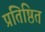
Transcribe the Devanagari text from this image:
प्रतिष्ठित